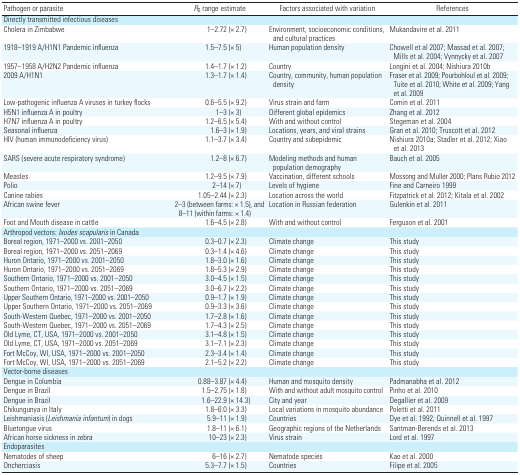
<table><thead><tr><td><b>Pathogen or parasite</b></td><td><b><i>R</i><sub>0</sub> range estimate</b></td><td><b>Factors associated with variation</b></td><td><b>References</b></td></tr></thead><tbody><tr><td><b>Directly transmitted infectious diseases</b></td></tr><tr><td><b>Cholera in Zimbabwe</b></td><td>1–2.72 (× 2.7)</td><td>Environment, socio­economic conditions, and cultural practices</td><td>Mukandavire et al. 2011</td></tr><tr><td><b>1918–1919 A/H1N1 Pandemic influenza</b></td><td>1.5–7.5 (× 5)</td><td>Human population density</td><td>Chowell et al 2007; Massad et al. 2007; Mills et al. 2004; Vynnycky et al. 2007</td></tr><tr><td><b>1957–1958 A/H2N2 Pandemic influenza</b></td><td>1.4–1.7 (× 1.2)</td><td>Country</td><td>Longini et al. 2004; Nishiura 2010b</td></tr><tr><td><b>2009 A/H1N1</b></td><td>1.3–1.7 (× 1.4)</td><td>Country, community, human population density</td><td>Fraser et al. 2009; Pourbohloul et al. 2009; Tuite et al. 2010; White et al. 2009; Yang et al. 2009</td></tr><tr><td><b>Low-pathogenic influenza A viruses in turkey flocks</b></td><td>0.6–5.5 (× 9.2)</td><td>Virus strain and farm</td><td>Comin et al. 2011</td></tr><tr><td><b>H5N1 influenza A in poultry</b></td><td>1–3 (× 3)</td><td>Different global epidemics</td><td>Zhang et al. 2012</td></tr><tr><td><b>H7N7 influenza A in poultry</b></td><td>1.2–6.5 (× 5.4)</td><td>With and without control</td><td>Stegeman et al. 2004</td></tr><tr><td><b>Seasonal influenza</b></td><td>1.6–3 (× 1.9)</td><td>Locations, years, and viral strains</td><td>Gran et al. 2010; Truscott et al. 2012</td></tr><tr><td><b>HIV (human immunodeficiency virus)</b></td><td>1.1–3.7 (× 3.4)</td><td>Country and subepidemic</td><td>Nishiura 2010a; Stadler et al. 2012; Xiao et al. 2013</td></tr><tr><td><b>SARS (severe acute respiratory syndrome) </b></td><td>1.2–8 (× 6.7)</td><td>Modeling methods and human population demography</td><td>Bauch et al. 2005</td></tr><tr><td><b>Measles</b></td><td>1.2–9.5 (× 7.9)</td><td>Vaccination, different schools</td><td>Mossong and Muller 2000; Plans Rubio 2012</td></tr><tr><td><b>Polio</b></td><td>2–14 (× 7)</td><td>Levels of hygiene</td><td>Fine and Carneiro 1999</td></tr><tr><td><b>Canine rabies</b></td><td>1.05–2.44 (× 2.3)</td><td>Location across the world</td><td>Fitzpatrick et al. 2012; Kitala et al. 2002</td></tr><tr><td><b>African swine fever</b></td><td>2–3 (between farms: × 1.5), and 8–11 (within farms: × 1.4)</td><td>Location in Russian federation</td><td>Gulenkin et al. 2011</td></tr><tr><td><b>Foot and Mouth disease in cattle</b></td><td>1.6–4.5 (× 2.8)</td><td>With and without control</td><td>Ferguson et al. 2001</td></tr><tr><td><b>Arthropod vectors: <i>Ixodes scapularis</i> in Canada</b></td></tr><tr><td><b>Boreal region, 1971–2000 vs. 2001–2050</b></td><td>0.3–0.7 (× 2.3)</td><td>Climate change</td><td>This study</td></tr><tr><td><b>Boreal region, 1971–2000 vs. 2051–2069</b></td><td>0.3–1.4 (× 4.6)</td><td>Climate change</td><td>This study</td></tr><tr><td><b>Huron Ontario, 1971–2000 vs. 2001–2050</b></td><td>1.8–3.0 (× 1.6)</td><td>Climate change</td><td>This study</td></tr><tr><td><b>Huron Ontario, 1971–2000 vs. 2051–2069</b></td><td>1.8–5.3 (× 2.9)</td><td>Climate change</td><td>This study</td></tr><tr><td><b>Southern Ontario, 1971–2000 vs. 2001–2050</b></td><td>3.0–4.5 (× 1.5)</td><td>Climate change</td><td>This study</td></tr><tr><td><b>Southern Ontario, 1971–2000 vs. 2051–2069</b></td><td>3.0–6.7 (× 2.2)</td><td>Climate change</td><td>This study</td></tr><tr><td><b>Upper Southern Ontario, 1971–2000 vs. 2001–2050</b></td><td>0.9–1.7 (× 1.9)</td><td>Climate change</td><td>This study</td></tr><tr><td><b>Upper Southern Ontario, 1971–2000 vs. 2051–2069</b></td><td>0.9–3.3 (× 3.6)</td><td>Climate change</td><td>This study</td></tr><tr><td><b>South-Western Quebec, 1971–2000 vs. 2001–2050</b></td><td>1.7–2.8 (× 1.6)</td><td>Climate change</td><td>This study</td></tr><tr><td><b>South-Western Quebec, 1971–2000 vs. 2051–2069</b></td><td>1.7–4.3 (× 2.5)</td><td>Climate change</td><td>This study</td></tr><tr><td><b>Old Lyme, CT, USA, 1971–2000 vs. 2001–2050</b></td><td>3.1–4.8 (× 1.5)</td><td>Climate change</td><td>This study</td></tr><tr><td><b>Old Lyme, CT, USA, 1971–2000 vs. 2051–2069</b></td><td>3.1–7.1 (× 2.3)</td><td>Climate change</td><td>This study</td></tr><tr><td><b>Fort McCoy, WI, USA, 1971–2000 vs. 2001–2050</b></td><td>2.3–3.4 (× 1.4)</td><td>Climate change</td><td>This study</td></tr><tr><td><b>Fort McCoy, WI, USA, 1971–2000 vs. 2051–2069</b></td><td>2.1–5.2 (× 2.2)</td><td>Climate change</td><td>This study</td></tr><tr><td><b>Vector-borne diseases</b></td></tr><tr><td><b>Dengue in Columbia</b></td><td>0.88–3.87 (× 4.4)</td><td>Human and mosquito density</td><td>Padmanabha et al. 2012</td></tr><tr><td><b>Dengue in Brazil</b></td><td>1.5–2.75 (× 1.8)</td><td>With and without adult mosquito control</td><td>Pinho et al. 2010</td></tr><tr><td><b>Dengue in Brazil</b></td><td>1.6–22.9 (× 14.3)</td><td>City and year</td><td>Degallier et al. 2009</td></tr><tr><td><b>Chikungunya in Italy</b></td><td>1.8–6.0 (× 3.3)</td><td>Local variations in mosquito abundance</td><td>Poletti et al. 2011</td></tr><tr><td><b>Leishmaniasis (<i>Leishmania infantum</i>) in dogs</b></td><td>5.9–11 (× 1.9)</td><td>Countries</td><td>Dye et al. 1992; Quinnell et al. 1997</td></tr><tr><td><b>Bluetongue virus</b></td><td>1.8–11 (× 6.1)</td><td>Geographic regions of the Netherlands</td><td>Santman-Berends et al. 2013</td></tr><tr><td><b>African horse sickness in zebra</b></td><td>10–23 (× 2.3)</td><td>Virus strain</td><td>Lord et al. 1997</td></tr><tr><td><b>Endoparasites</b></td></tr><tr><td><b>Nematodes of sheep</b></td><td>6–16 (× 2.7)</td><td>Nematode species</td><td>Kao et al. 2000</td></tr><tr><td><b>Oncherciasis</b></td><td>5.3–7.7 (× 1.5)</td><td>Countries</td><td>Filipe et al. 2005</td></tr></tbody></table>